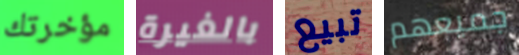
مؤخرتك بالغيرة تبيع جميعهم